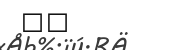
٩٠